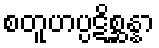
စတူဟပ္ပဋိစ္ဆန္နာ